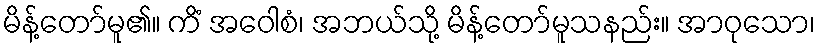
မိန့်တော်မူ၏။ ကိံ အဝေါစံ၊ အဘယ်သို့ မိန့်တော်မူသနည်း။ အာဝုသော၊